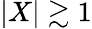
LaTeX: \lvert X\rvert\gtrsim 1